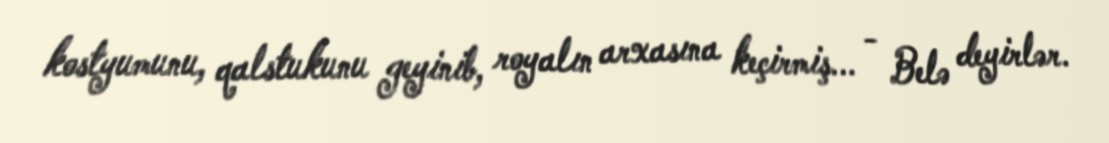
kostyumunu, qalstukunu geyinib, royalın arxasına keçirmiş... - Belə deyirlər.